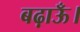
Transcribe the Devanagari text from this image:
बढ़ाऊँ।